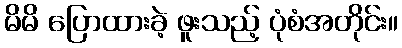
မိမိ ပြောထားခဲ့ ဖူးသည့် ပုံစံအတိုင်း။